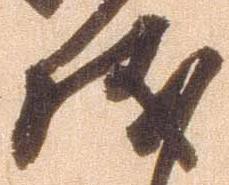
儀